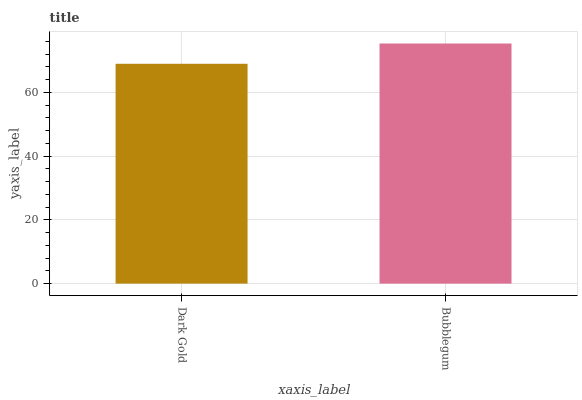
| xaxis_label | bars |
 | --- | --- |
 | Dark Gold | 68.9 |
 | Bubblegum | 75.3 |